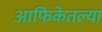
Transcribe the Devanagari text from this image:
आफिकेतल्या